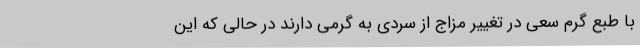
با طبع گرم سعی در تغییر مزاج از سردی به گرمی دارند در حالی که این